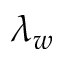
\lambda _ { w }